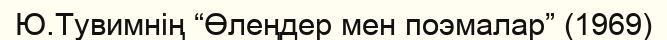
Ю.Тувимнің “Өлеңдер мен поэмалар” (1969)